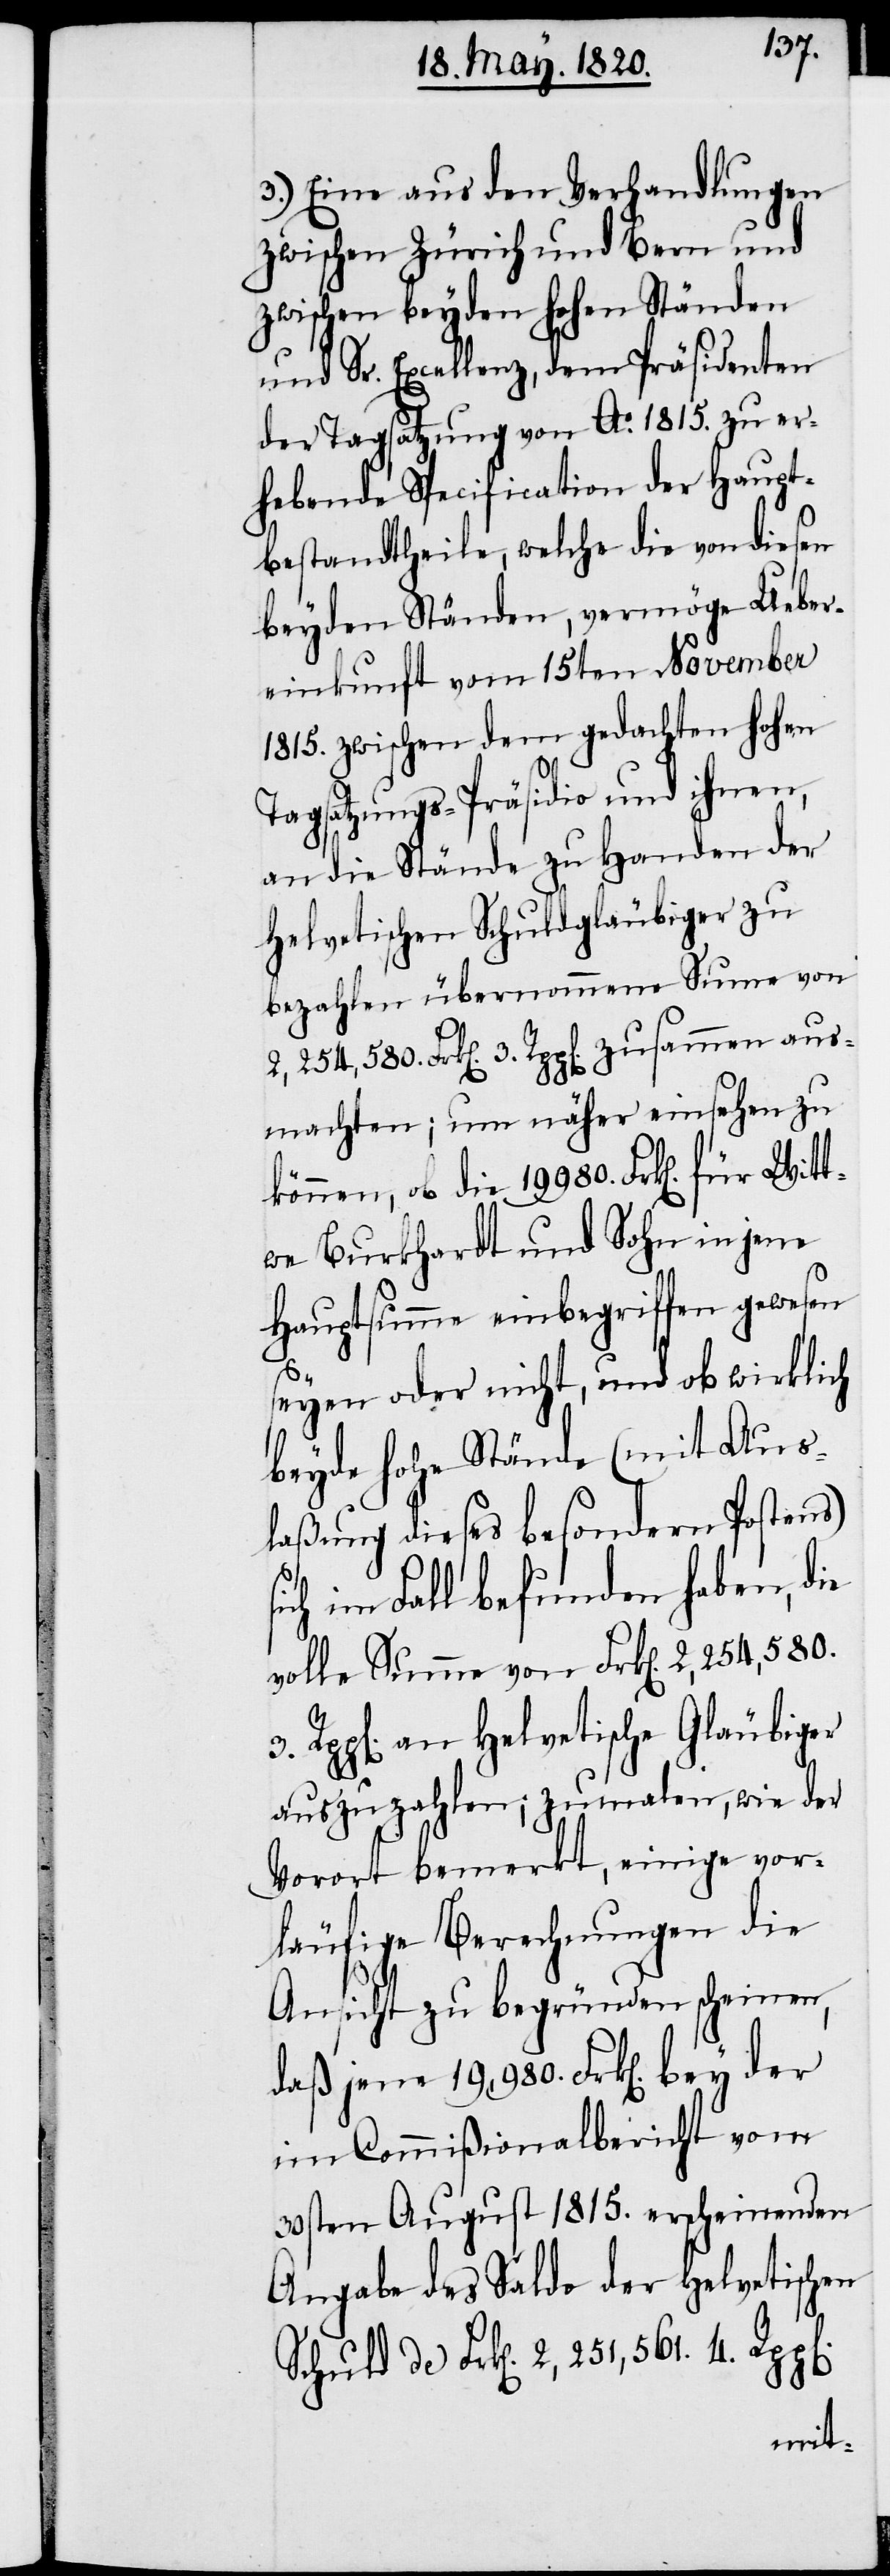
3.) Eine aus den Verhandlungen
zwischen Zürich und Bern und
zwischen beyden Hohen Ständen
und Sr. Excellenz, dem Präsidenten
der Tagsatzung von Ao. 1815. zu er¬
hebende Specification der Haupt¬
bestandtheile, welche die von diesen
beyden Ständen, vermöge Ueber¬
einkunft vom 15ten November
1815. zwischen dem gedachten Hohen
Tagsatzungs-Präsidio und ihren,
an die Stände zu Handen der
Helvetischen Schuldgläubiger zu
bezahlen übernommene Summe von
n].
machten; um näher einsehen zu
können, ob die 19980 Frk[en]. für Witt¬
we Burkhardt und Sohn in jene
Hauptsumme einbegriffen gewesen
seyen oder nicht, und ob wirklich
beyde Hohe Stände (mit Aus¬
laßung dieses besondern Postens)
ich im Fall befunden haben, die
volle Summe von Frk[en]. 2,254,580.
Rpp[en]. an Helvetische Gläubiger
auszuzahlen; zumalen, wie der
Vorort bemerkt, einige vor¬
läufige Vernehmungen die
Ansicht zu begründen scheinen,
daß jene 19,980. Frk[en]. bey der
im Commißionalbericht vom
30sten August 1815. erscheinenden
Angabe des Saldo der Helvetischen
Schuld de Frk[en]. 2,251,561 4 Rpp[e¬